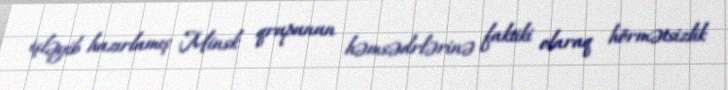
işləyib hazırlamış Minsk qrupunun həmsədrlərinə faktiki olaraq hörmətsizlik